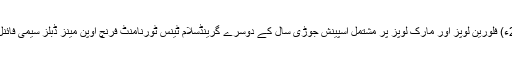
04 جون2018ء) فلورین لوپز اور مارک لوپز پر مشتمل اسپینش جوڑی سال کے دوسرے گرینڈسلام ٹینس ٹورنامنٹ فرنچ اوپن مینز ڈبلز سیمی فائنل میں پہنچ گئی۔